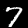
Label: 7